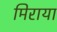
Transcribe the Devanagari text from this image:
मिराया